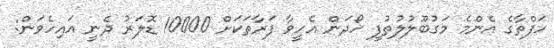
ހަފްތާގެ އެންމެ މަގުބޫލުލުތުފީ ހޯދަން އެހީވާ ފަރާތަކަށް 10000 ޑޮލަރު ދެނީ އައިހެވަން: